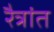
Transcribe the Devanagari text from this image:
रैत्रांत